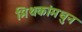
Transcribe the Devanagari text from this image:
मिथकांमधुन